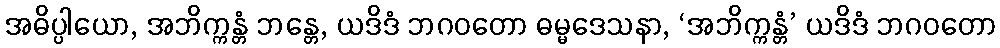
အဓိပ္ပါယော, အဘိက္ကန္တံ ဘန္တေ, ယဒိဒံ ဘဂဝတော ဓမ္မဒေသနာ, ‘အဘိက္ကန္တံ’ ယဒိဒံ ဘဂဝတော